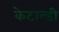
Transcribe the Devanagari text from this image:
केटाल्डी